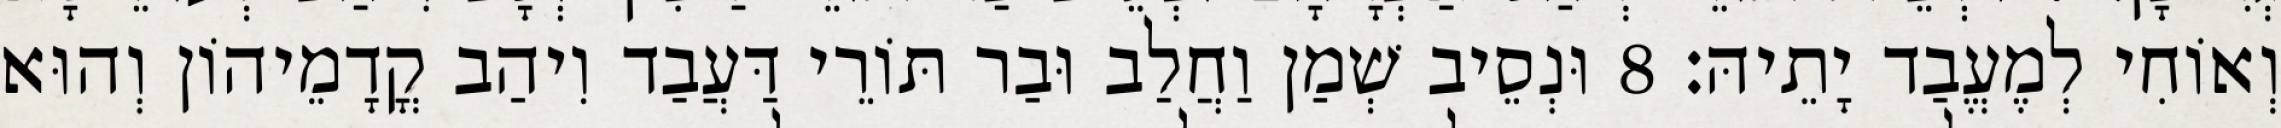
וְאוֹחִי לְמֶעֱבַד יָתֵיהּ׃ 8 וּנְסֵיב שְׁמַן וַחֲלַב וּבַר תּוֹרֵי דַּעֲבַד וִיהַב קֳדָמֵיהוֹן וְהוּא